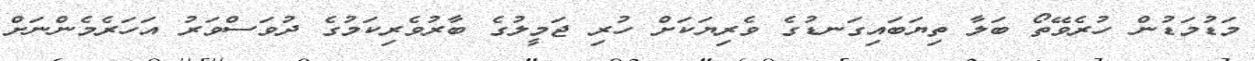
މަޑުމަޑުން ހުރެވޭތޯ ބަލާ ތިޔަބައިގަނޑުގެ ވެރިޔަކަށް ހުރި ޖަމީލުގެ ބާރުވެރިކަމުގެ ދުވަސްވަރު އަހަރެމެންނަށް